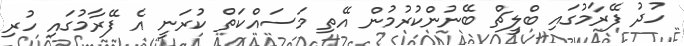
ހުދު ފޭރާމުގައި ބްލީޗް ބޭނުންކުރުމުން އޭތި މަސައްކަތް ކުރަނީ އެ ފޭރާމުގައި ހުރި